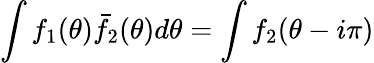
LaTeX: \int f_{1}(\theta)\bar{f}_{2}(\theta)d\theta=\int f_{2}(\theta-i\pi)